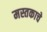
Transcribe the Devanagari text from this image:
मस्तकाचे